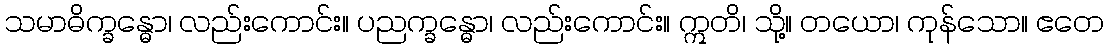
သမာဓိက္ခန္ဓော၊ လည်းကောင်း။ ပညက္ခန္ဓော၊ လည်းကောင်း။ ဣတိ၊ သို့။ တယော၊ ကုန်သော။ ဧတေ